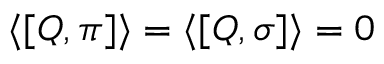
\langle [ Q , \pi ] \rangle = \langle [ Q , \sigma ] \rangle = 0